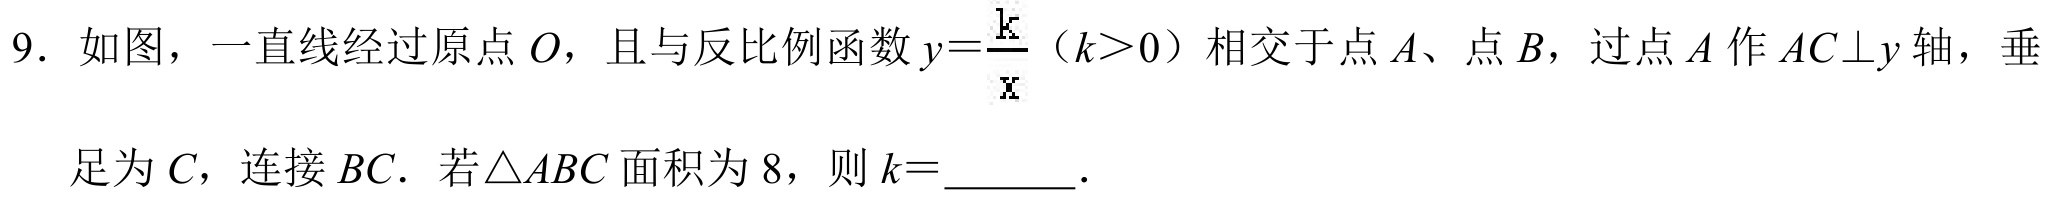
9. 如图，一直线经过原点\(O\)，且与反比例函数\(y = \frac{k}{x}\)（\(k>0\)）相交于点\(A\)、点\(B\)，过点\(A\)作\(AC\perp y\)轴，垂
足为\(C\)，连接\(BC\). 若\(\triangle ABC\)面积为\(8\)，则\(k =\)  ．